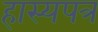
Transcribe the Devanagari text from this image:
हास्यपत्र